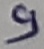
Text: 9